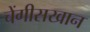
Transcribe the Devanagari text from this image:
चेंगीसखान